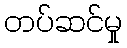
တပ်ဆင်မှု